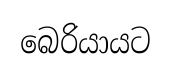
බෙරියායට